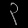
Digit: ၃